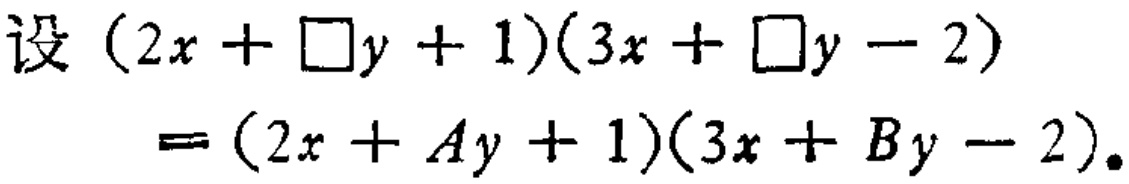
设\((2x + \square y + 1)(3x + \square y - 2)=(2x + Ay + 1)(3x + By - 2)\)。